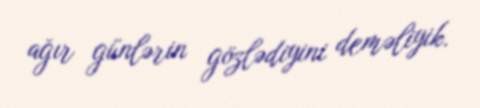
ağır günlərin gözlədiyini deməliyik.